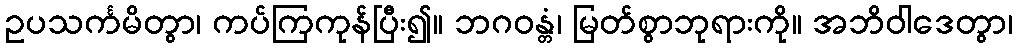
ဥပသင်္ကမိတွာ၊ ကပ်ကြကုန်ပြီး၍။ ဘဂဝန္တံ၊ မြတ်စွာဘုရားကို။ အဘိဝါဒေတွာ၊